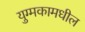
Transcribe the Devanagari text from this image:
युग्मकामधील